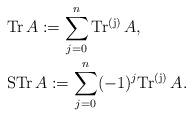
LaTeX: \begin{align*} &\mathrm{Tr\,}A:=\sum^n_{j=0}\mathrm{Tr^{(j)}\,}A, \\&\mathrm{STr\,}A:=\sum^n_{j=0}(-1)^j\mathrm{Tr^{(j)}\,}A.\end{align*}